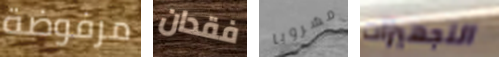
مرفوضة فقدان مشروبا التجهيزات